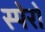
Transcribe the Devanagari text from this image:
स्पेरो